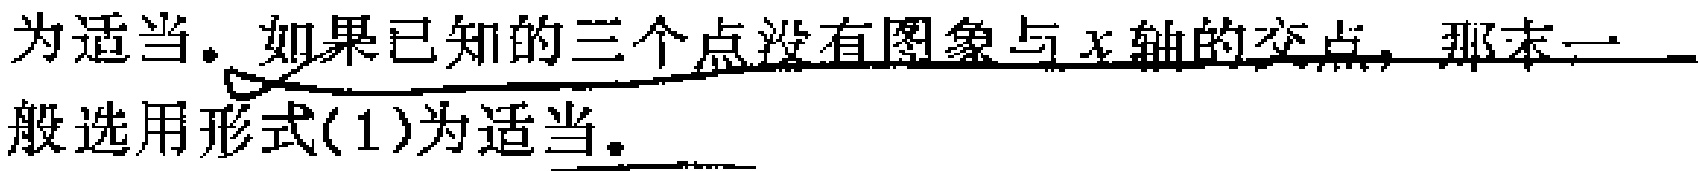
为适当. 如果已知的三个点没有图象与\(x\)轴的交点, 那末一___般选用形式(1)为适当.